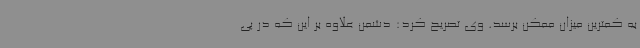
به کمترین میزان ممکن برسد. وی تصریح کرد: دشمن علاوه بر این که در پی